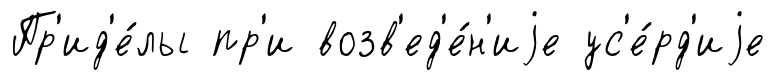
Пр'ид'е́лы пр'и возв'ед'е́н'иjе ус'е́рд'иjе